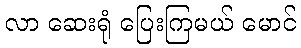
လာ ဆေးရုံ ပြေးကြမယ် မောင်